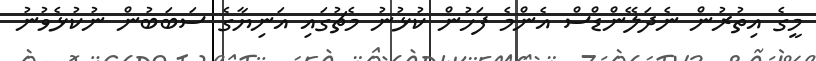
މީގެ އިތުރުން ނެދަލޭންޑްސް އެންމެ ފަހުން ކުޅުނު މެޗުގައި އަނިޔާގެ ސަބަބުން ނުކުޅެވުނު